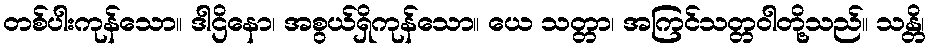
တစ်ပါးကုန်သော။ ဒါဌိနော၊ အစွယ်ရှိကုန်သော။ ယေ သတ္တာ၊ အကြင်သတ္တဝါတို့သည်။ သန္တိ၊